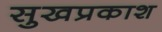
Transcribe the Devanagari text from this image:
सुखप्रकाश